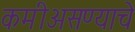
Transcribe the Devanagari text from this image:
कमीअसण्याचे